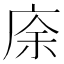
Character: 庩